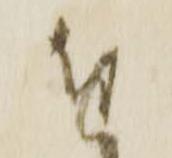
進